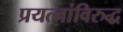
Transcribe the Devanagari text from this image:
प्रयत्‍नांविरुद्ध